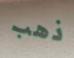
ذهب